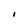
Character: I